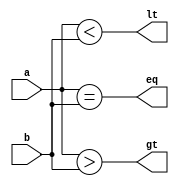
module comparator(a,b,gt,lt,eq);
	input [3:0]a,b;
	output gt,lt,eq;
	reg gt,lt,eq;
	always@(*)begin
		gt=(a>b);
		lt=(a<b);
		eq=(a==b);
	end
endmodule